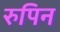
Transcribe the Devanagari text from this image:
रुपिन